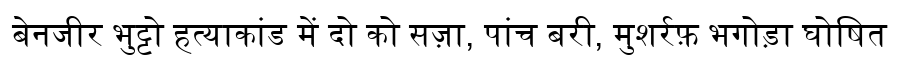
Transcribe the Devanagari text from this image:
बेनजीर भुट्टो हत्याकांड में दो को सज़ा, पांच बरी, मुशर्रफ़ भगोड़ा घोषित